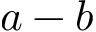
a - b